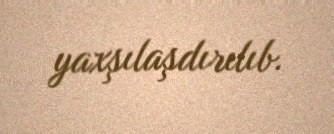
yaxşılaşdırılıb.